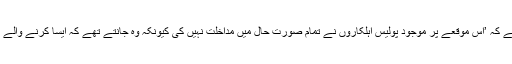
بیان میں مزید کہا گیا ہے کہ ’اس موقعے پر موجود پولیس اہلکاروں نے تمام صورت حال میں مداخلت نہیں کی کیونکہ وہ جانتے تھے کہ ایسا کرنے والے افراد ریاستی اہلکار ہیں۔